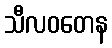
သီလဝတေန